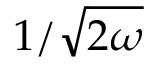
1 / \sqrt { 2 \omega }